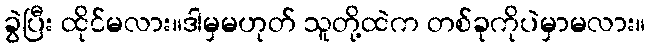
ခွဲပြီး ထိုင်မလား။ဒါမှမဟုတ် သူတို့ထဲက တစ်ခုကိုပဲမှာမလား။